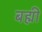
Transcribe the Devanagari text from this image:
बह्मी